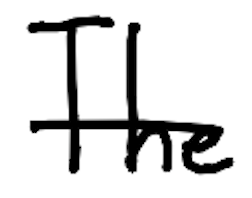
Text: The
Cross-out: single-line
Writing tool: digital_black